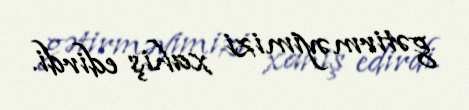
gətirməyimizi xahiş edirdi.